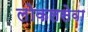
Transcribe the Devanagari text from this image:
लोकलसेवा